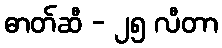
ဓာတ်ဆီ - ၂၅ လီတာ